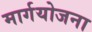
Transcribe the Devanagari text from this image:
मार्गयोजना